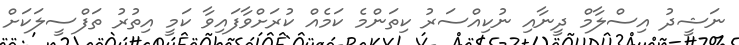
ނަޝީދު އިސްލާމް ދީނާއި ނުކިއްސަރު ކިތަންމެ ކަމެއް ކުރަށްވާފައިވާ ކަމީ އިތުރު ތަފްސީލަކަށް